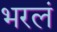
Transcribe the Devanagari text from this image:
भरलं